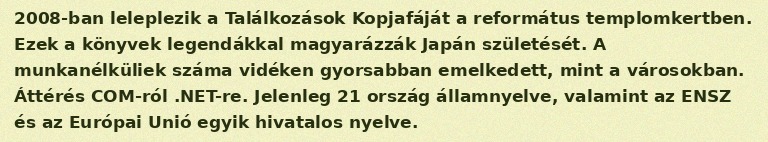
2008-ban leleplezik a Találkozások Kopjafáját a református templomkertben. Ezek a könyvek legendákkal magyarázzák Japán születését. A munkanélküliek száma vidéken gyorsabban emelkedett, mint a városokban. Áttérés COM-ról .NET-re. Jelenleg 21 ország államnyelve, valamint az ENSZ és az Európai Unió egyik hivatalos nyelve.